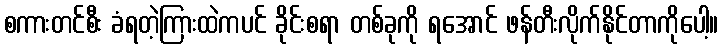
စကားတင်စီး ခံရတဲ့ကြားထဲကပင် ခိုင်းစရာ တစ်ခုကို ရအောင် ဖန်တီးလိုက်နိုင်တာကိုပေါ့။